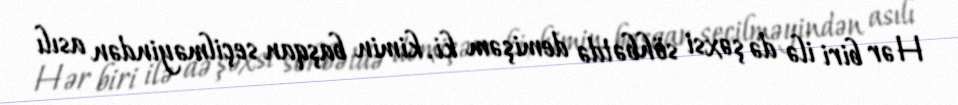
Hər biri ilə də şəxsi söhbətdə demişəm ki, kimin başqan seçilməyindən asılı